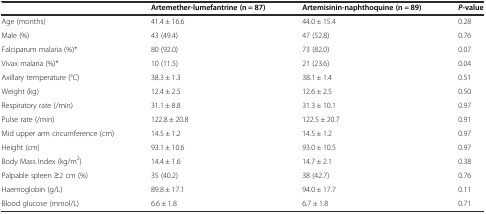
<table><thead><tr><td></td><td><b>Artemether-lumefantrine (n = 87)</b></td><td><b>Artemisinin-naphthoquine (n = 89)</b></td><td><b><i>P</i>-value</b></td></tr></thead><tbody><tr><td>Age (months)</td><td>41.4 ± 16.6</td><td>44.0 ± 15.4</td><td>0.28</td></tr><tr><td>Male (%)</td><td>43 (49.4)</td><td>47 (52.8)</td><td>0.76</td></tr><tr><td>Falciparum malaria (%)*</td><td>80 (92.0)</td><td>73 (82.0)</td><td>0.07</td></tr><tr><td>Vivax malaria (%)*</td><td>10 (11.5)</td><td>21 (23.6)</td><td>0.04</td></tr><tr><td>Axillary temperature (°C)</td><td>38.3 ± 1.3</td><td>38.1 ± 1.4</td><td>0.51</td></tr><tr><td>Weight (kg)</td><td>12.4 ± 2.5</td><td>12.6 ± 2.5</td><td>0.50</td></tr><tr><td>Respiratory rate (/min)</td><td>31.1 ± 8.8</td><td>31.3 ± 10.1</td><td>0.97</td></tr><tr><td>Pulse rate (/min)</td><td>122.8 ± 20.8</td><td>122.5 ± 20.7</td><td>0.91</td></tr><tr><td>Mid upper arm circumference (cm)</td><td>14.5 ± 1.2</td><td>14.5 ± 1.2</td><td>0.97</td></tr><tr><td>Height (cm)</td><td>93.1 ± 10.6</td><td>93.0 ± 10.5</td><td>0.97</td></tr><tr><td>Body Mass Index (kg/m<sup>2</sup>)</td><td>14.4 ± 1.6</td><td>14.7 ± 2.1</td><td>0.38</td></tr><tr><td>Palpable spleen ≥2 cm (%)</td><td>35 (40.2)</td><td>38 (42.7)</td><td>0.76</td></tr><tr><td>Haemoglobin (g/L)</td><td>89.8 ± 17.1</td><td>94.0 ± 17.7</td><td>0.11</td></tr><tr><td>Blood glucose (mmol/L)</td><td>6.6 ± 1.8</td><td>6.7 ± 1.8</td><td>0.71</td></tr></tbody></table>